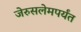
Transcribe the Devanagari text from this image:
जेरुसलेमपर्यंत